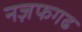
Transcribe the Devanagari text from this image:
नज़फगढ